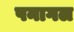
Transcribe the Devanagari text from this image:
पनागल